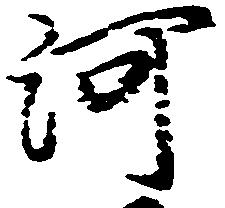
河